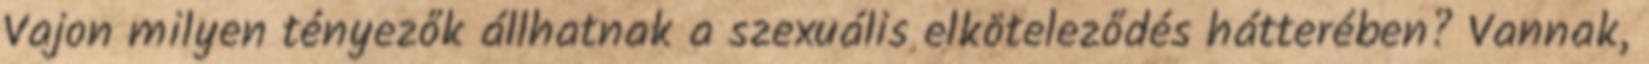
Vajon milyen tényezők állhatnak a szexuális elköteleződés hátterében? Vannak,